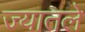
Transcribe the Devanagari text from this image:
ज्यातले